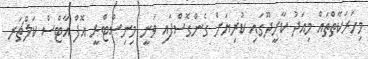
މިހަރަކާތްތައް މިއަދު ކާށީދޫގައި ކުރިޔަށް ގެންގޮސްފައި ވަނީ މިނިސްޓްރީ އޮފް އާޓްސް ކަލްޗަރ